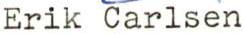
Erik Carlsen